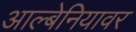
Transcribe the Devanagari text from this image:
आल्बेनियावर